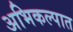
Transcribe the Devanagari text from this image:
अभिकल्पात